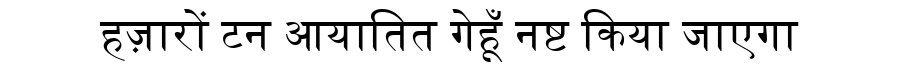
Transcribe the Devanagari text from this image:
हज़ारों टन आयातित गेहूँ नष्ट किया जाएगा